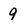
Character: 9